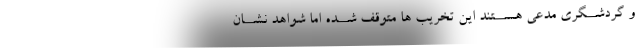
و گردشــگری مدعی هســتند این تخریب ها متوقف شــده اما شواهد نشــان